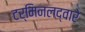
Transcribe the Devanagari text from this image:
टर्मिनलद्वारे